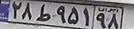
۲۸ط۹۵۱۹۸